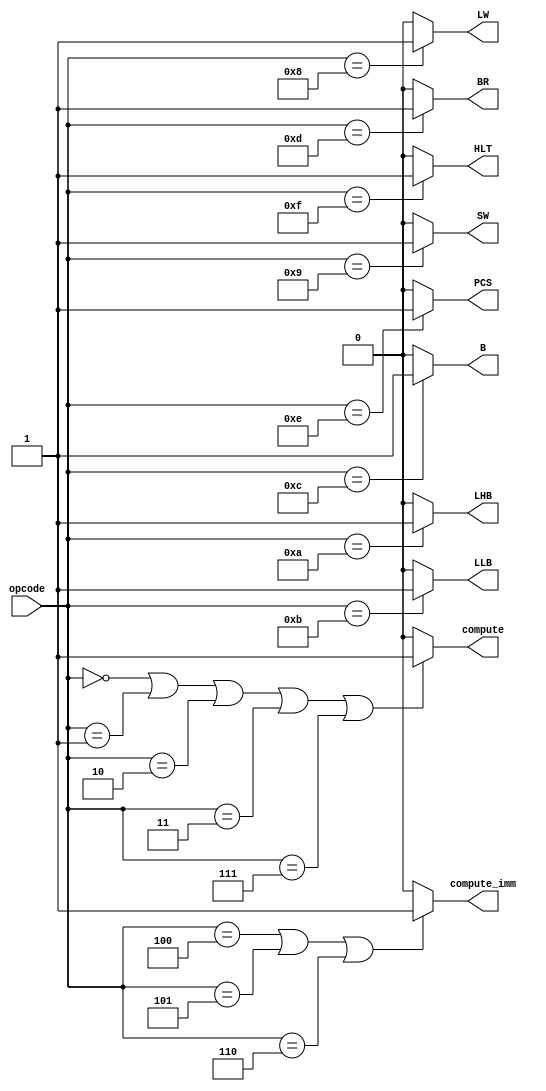

module decoder(opcode, compute, compute_imm, LW, SW, LHB, LLB, B, BR, PCS, HLT);

input [3:0] opcode;
output compute, compute_imm, LW, SW, LHB, LLB, B, BR, PCS, HLT;

localparam ADD_op = 4'b0000;
localparam SUB_op = 4'b0001;
localparam RED_op = 4'b0010;
localparam XOR_op = 4'b0011;
localparam SLL_op = 4'b0100; //compute_imm
localparam SRA_op = 4'b0101; //compute_imm
localparam ROR_op = 4'b0110; //compute_imm
localparam PADDSB_op = 4'b0111;

localparam LW_op = 4'b1000;
localparam SW_op = 4'b1001;
localparam LHB_op = 4'b1010;
localparam LLB_op = 4'b1011;
localparam B_op = 4'b1100;
localparam BR_op = 4'b1101;
localparam PCS_op = 4'b1110;
localparam HLT_op = 4'b1111;

assign compute = ((opcode == ADD_op) | (opcode == SUB_op) | (opcode == RED_op) | (opcode == XOR_op) | (opcode == PADDSB_op)) ? 1'b1 : 1'b0;
assign compute_imm = ((opcode == SLL_op) | (opcode == SRA_op) | (opcode == ROR_op)) ? 1'b1 : 1'b0;
assign LW = (opcode == LW_op) ? 1'b1 : 1'b0;
assign SW = (opcode == SW_op) ? 1'b1 : 1'b0;
assign LHB = (opcode == LHB_op) ? 1'b1 : 1'b0;
assign LLB = (opcode == LLB_op) ? 1'b1 : 1'b0;
assign B = (opcode == B_op) ? 1'b1 : 1'b0;
assign BR = (opcode == BR_op) ? 1'b1 : 1'b0;
assign PCS = (opcode == PCS_op) ? 1'b1 : 1'b0;
assign HLT = (opcode == HLT_op) ? 1'b1 : 1'b0;


endmodule